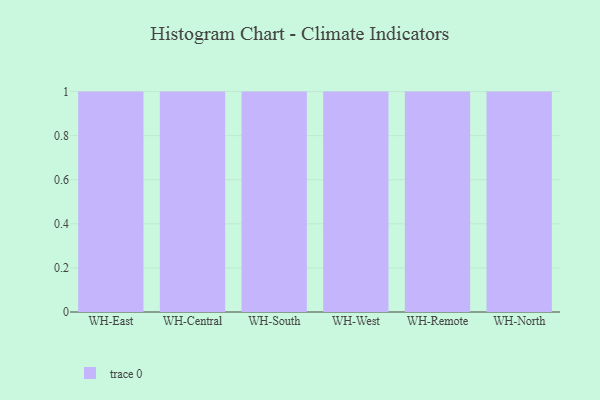
{"axis": {"x": "Warehouse", "y": "Headcount"}, "legend": [""], "data": [{"x": "WH-East", "y": 55, "type": ""}, {"x": "WH-Central", "y": 81, "type": ""}, {"x": "WH-South", "y": 4, "type": ""}, {"x": "WH-West", "y": 65, "type": ""}, {"x": "WH-Remote", "y": 29, "type": ""}, {"x": "WH-North", "y": 91, "type": ""}]}